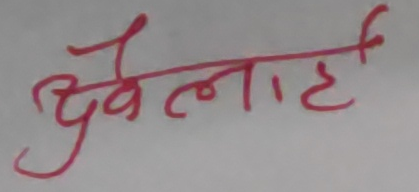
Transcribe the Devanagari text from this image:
धवैलाई